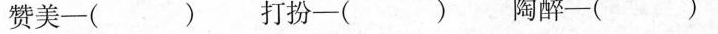
赞美-() 打扮-() 陶醉-()